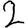
Digit: 2